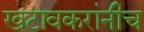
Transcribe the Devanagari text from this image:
खटावकरांनीच